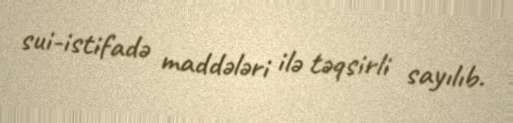
sui-istifadə maddələri ilə təqsirli sayılıb.